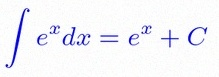
\int e^x dx=e^x+C